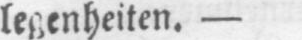
legenheiten. -